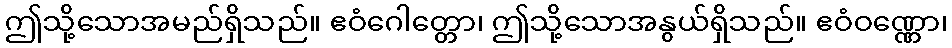
ဤသို့သောအမည်ရှိသည်။ ဧဝံဂေါတ္တော၊ ဤသို့သောအနွယ်ရှိသည်။ ဧဝံဝဏ္ဏော၊